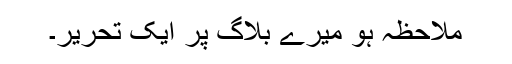
ملاحظہ ہو میرے بلاگ پر ایک تحریر۔